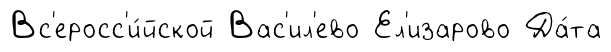
Вс'еросс'и́йской Вас'ил'ево Ел'изарово Да́та